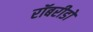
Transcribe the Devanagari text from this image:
रॉबरीडो